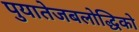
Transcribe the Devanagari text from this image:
पुयातेजबलोद्धिको